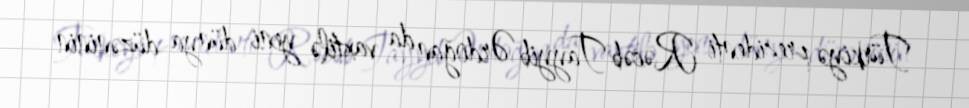
Türkiyə prezidenti Rəcəb Tayyib Ərdoğan da vaxtilə yeni dünya düzəninin